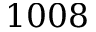
1 0 0 8